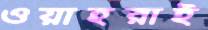
ওয়াহরাই